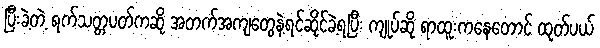
ပြီးခဲ့တဲ့ ရက်သတ္တပတ်ကဆို အတက်အကျတွေနဲ့ရင်ဆိုင်ခဲ့ရပြီး ကျုပ်ဆို ရာထူးကနေတောင် ထုတ်ပယ်